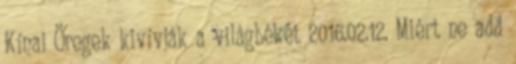
Kínai Öregek kivívják a világbékét 2016.02.12. Miért ne add